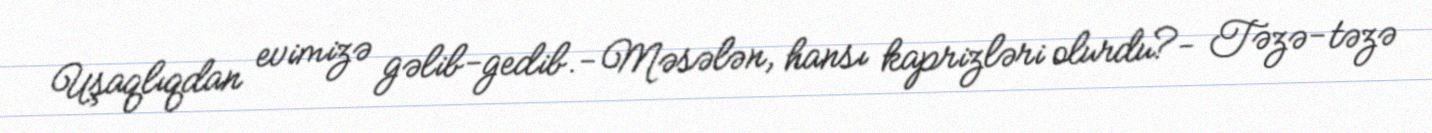
Uşaqlıqdan evimizə gəlib-gedib.- Məsələn, hansı kaprizləri olurdu?- Təzə-təzə